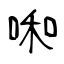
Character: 啝